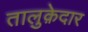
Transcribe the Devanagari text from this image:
तालुक़ेदार